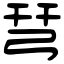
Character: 𢏗